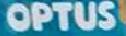
optus